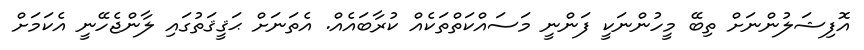
އޮފިޝަލުންނަށް ތިބޭ މީހުންނަކީ ފަންނީ މަސައްކަތްތަކެއް ކުރާބައެއް. އެތަނަށް ޙަޤީޤަތުގައި ލާންޖެހޭނީ އެކަމަށް